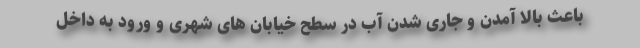
باعث بالا آمدن و جاری شدن آب در سطح خیابان های شهری و ورود به داخل